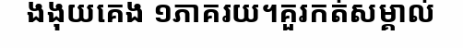
ងងុយគេង ១ភាគរយ។គួរកត់សម្គាល់